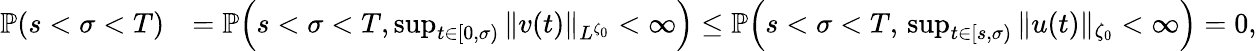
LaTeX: \begin{array}{rl}{{\mathbb P}(s<\sigma<T)}&{={\mathbb P}\Big(s<\sigma<T,\operatorname*{sup}_{t\in[0,\sigma)}\| v(t)\| _{L^{\zeta_{0}}}<\infty\Big)\leq{\mathbb P}\Big(s<\sigma<T,\, \operatorname*{sup}_{t\in[s,\sigma)}\| u(t)\| _{\zeta_{0}}<\infty\Big)=0,}\end{array}